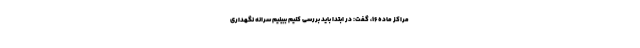
مراکز ماده ۱۶، گفت: در ابتدا باید بررسی کنیم ببینیم سرانه نگهداری